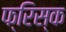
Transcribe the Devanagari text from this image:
फ्रिस्क